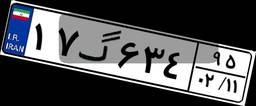
۱۷گ۶۳۴۹۵